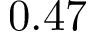
0 . 4 7